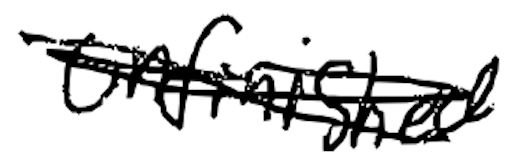
Text: Unfinished
Cross-out: scratch
Writing tool: digital_black